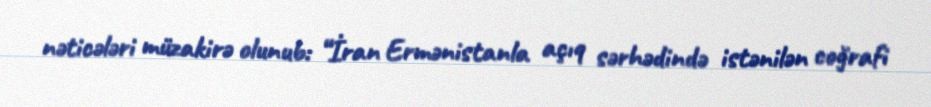
nəticələri müzakirə olunub: “İran Ermənistanla açıq sərhədində istənilən coğrafi